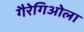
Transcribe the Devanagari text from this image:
गैरेगिओला